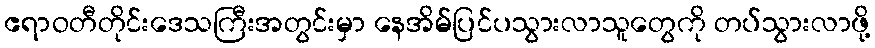
ဧရာဝတီတိုင်းဒေသကြီးအတွင်းမှာ နေအိမ်ပြင်ပသွားလာသူတွေကို တပ်သွားလာဖို့